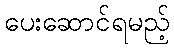
ပေးဆောင်ရမည့်